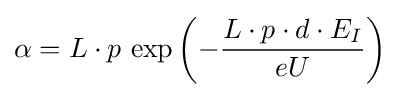
\alpha =L\cdot p\,\exp \left(-{\frac {L\cdot p\cdot d\cdot E_{I}}{eU}}\right)